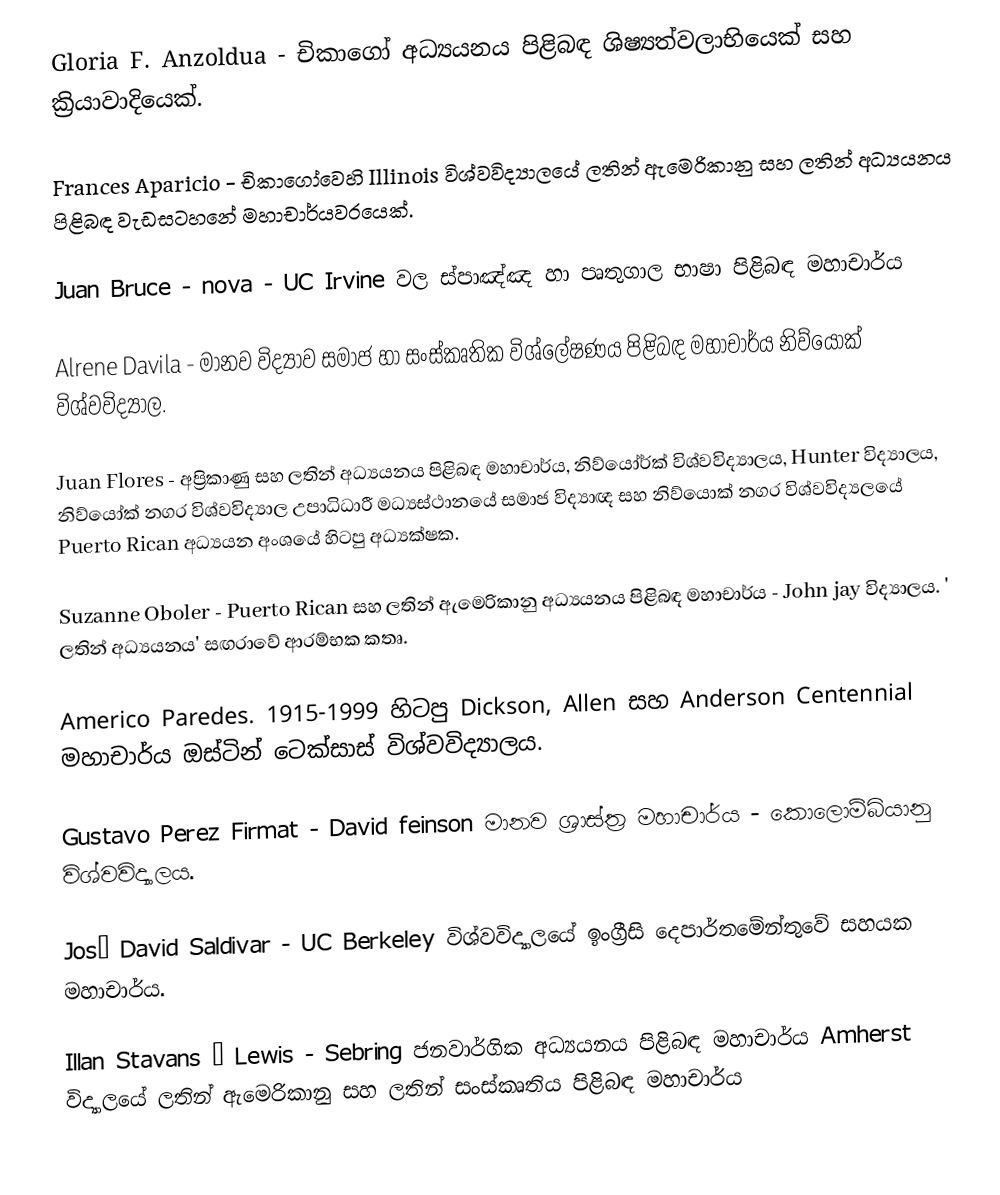
Gloria F. Anzoldua - 	චිකාගෝ අධ්‍යයනය පිළිබඳ ශිෂ්‍යත්වලාභියෙක් සහ ක්‍රියාවාදියෙක්.

	Frances Aparicio - චිකාගෝවෙහි  Illinois විශ්වවිද්‍යාලයේ ලතින් ඇමෙරිකානු සහ ලතින් අධ්‍යයනය පිළිබඳ වැඩසටහනේ මහාචාර්යවරයෙක්.

 Juan Bruce - nova - UC Irvine  වල ස්පාඤ්ඤ හා පෘතුගාල භාෂා පිළිබඳ මහාචාර්ය

 Alrene Davila - මානව විද්‍යාව සමාජ හා සංස්කෘතික විශ්ලේෂණය පිළිබඳ මහාචාර්ය නිව්යෝක් විශ්වවිද්‍යාල.

 Juan Flores - 	අප්‍රිකාණු සහ ලතින් අධ්‍යයනය පිළිබඳ මහාචාර්ය, නිව්යෝර්ක් විශ්වවිද්‍යාලය, Hunter විද්‍යාලය, නිව්යෝක් නගර විශ්වවිද්‍යාල උපාධිධාරී මධ්‍යස්ථානයේ සමාජ විද්‍යාඥ සහ නිව්යොක් නගර විශ්වවිද්‍යලයේ  Puerto Rican අධ්‍යයන අංශයේ හිටපු අධ්‍යක්ෂක.

 Suzanne Oboler - Puerto Rican සහ ලතින් ඇමෙරිකානු අධ්‍යයනය පිළිබඳ මහාචාර්ය - John jay විද්‍යාලය.  ' ලතින් අධ්‍යයනය' සඟරාවේ ආරම්භක කතෘ.

 Americo Paredes. 1915-1999 හිටපු Dickson, Allen සහ Anderson Centennial මහාචාර්ය ඔස්ටින් ටෙක්සාස් විශ්වවිද්‍යාලය.

Gustavo Perez Firmat - David feinson මානව ශ්‍රාස්ත්‍ර මහාචාර්ය - කොලොම්බියානු විශ්වවිද්‍යාලය.

 José David Saldivar - UC Berkeley විශ්වවිද්‍යාලයේ ඉංග්‍රීසි දෙපාර්තමේන්තුවේ සහයක මහාචාර්ය.

Illan Stavans – Lewis - Sebring ජනවාර්ගික අධ්‍යයනය පිළිබඳ මහාචාර්ය Amherst විද්‍යාලයේ ලතින් ඇමෙරිකානු සහ ලතින් සංස්කෘතිය පිළිබඳ මහාචාර්ය